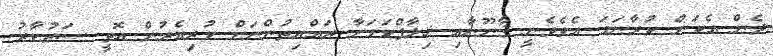
ދެން އެކަން ކުރާނަމަ އެވެވެނީ ޤާނޫނާއި ޚިލާފްކަަމަށާ ރައްޔިތުންނަށް ކުރިއެރުން އޮތީ ސަރުކާރު